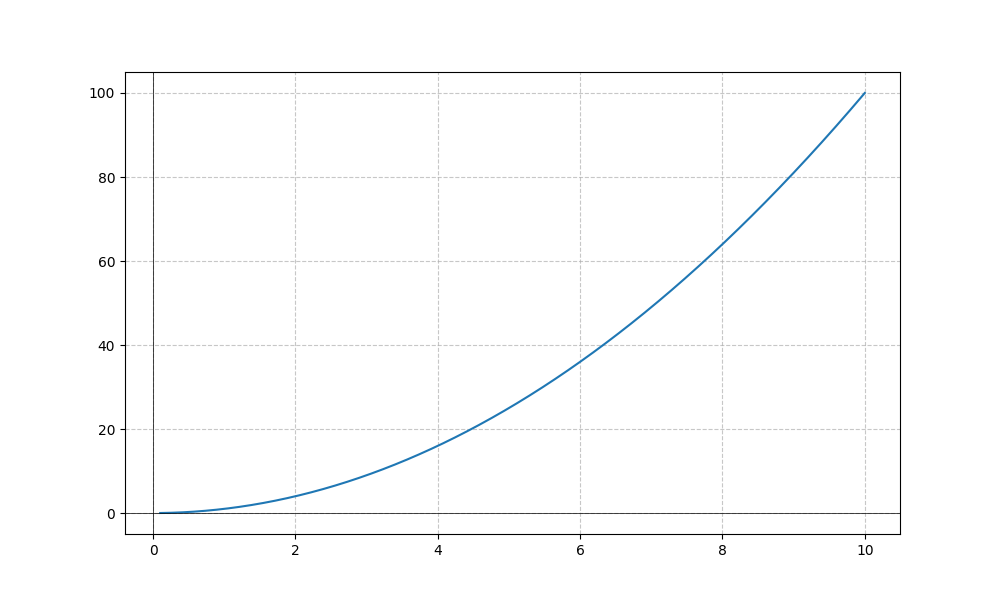
LaTeX formula: x^{2}